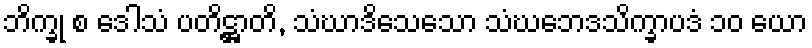
ဘိက္ခု စ ဒေါသံ ပတိဋ္ဌာတိ, သံဃာဒိသေသော သံဃဘေဒသိက္ခာပဒံ ၁၀ ယော